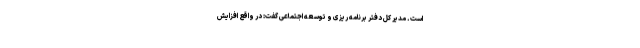
است. مدیر کل دفتر برنامه ریزی و توسعه اجتماعی گفت: در واقع افزایش